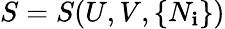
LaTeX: S=S(U,V,\{ N_{\mathbf{i}}\} )